Plague in India, 1896, 1897 - Volume 3
Year: 1896
Disease focus: Plague
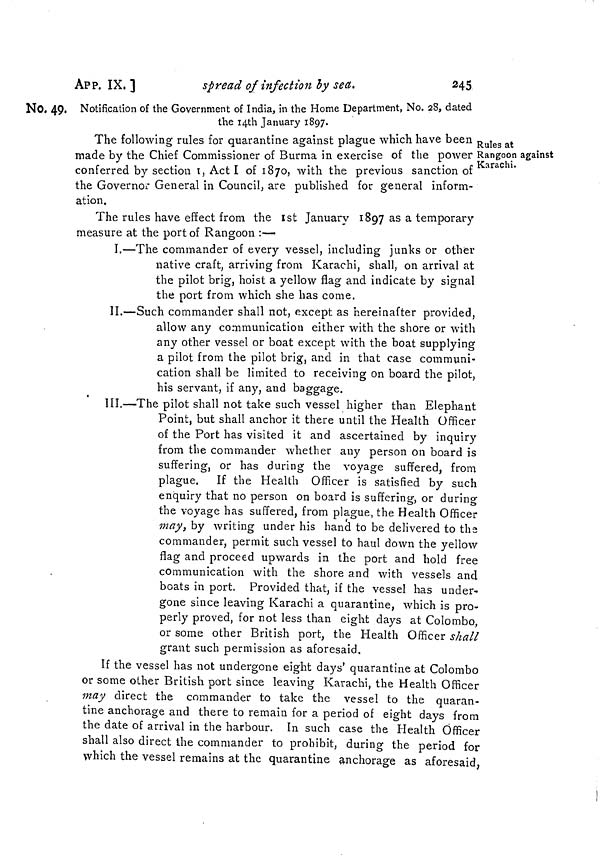
APP. IX, ]
spread of infection by sea.
245
No. 49. Notification of the Government of India, in the Home Department, No. 28, dated
the I4th January 1897.
Rules at
Rangoon against
Karachi.
The following rules for quarantine against plague which have been
made by the Chief Commissioner of Burma in exercise of the power
conferred by section t, Act I of 1870, with the previous sanction of
the Governor General in Council, are published for general inform-
ation.
The rules have effect from the 1st January 1897 as a temporary
measure at the port of Rangoon :—
I.—The commander of every vessel, including junks or other
native craft, arriving from Karachi, shall, on arrival at
the pilot brig, hoist a yellow flag and indicate by signal
the port from which she has come.
II.—Such commander shall not, except as hereinafter provided,
allow any communication either with the shore or with
any other vessel or boat except with the boat supplying
a pilot from the pilot brig, and in that case communi-
cation shall be limited to receiving on board the pilot,
his servant, if any, and baggage.
III.—The pilot shall not take such vessel higher than Elephant
Point, but shall anchor it there until the Health Officer
of the Port has visited it and ascertained by inquiry
from the commander whether any person on board is
suffering, or has during the voyage suffered, from
plague. If the Health Officer is satisfied by such
enquiry that no person on board is suffering, or during
the voyage has suffered, from plague, the Health Officer
may, by writing under his hand to be delivered to the
commander, permit such vessel to haul down the yellow
flag and proceed upwards in the port and hold free
communication with the shore and with vessels and
boats in port. Provided that, if the vessel has under-
gone since leaving Karachi a quarantine, which is pro-
perly proved, for not less than eight days at Colombo,
or some other British port, the Health Officer shall
grant such permission as aforesaid.
If the vessel has not undergone eight days' quarantine at Colombo
or some other British port since leaving Karachi, the Health Officer
may direct the commander to take the vessel to the quaran-
tine anchorage and there to remain for a period of eight days from
the date of arrival in the harbour. In such case the Health Officer
shall also direct the commander to prohibit, during the period for
which the vessel remains at the quarantine anchorage as aforesaid,